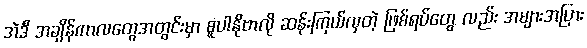
အဲဒီ အချိန်ကာလတွေအတွင်းမှာ စူပါနိုဗာလို ဆန်းကြယ်လှတဲ့ ဖြစ်ရပ်တွေ လည်း အများအပြား